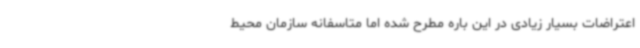
اعتراضات بسیار زیادی در این باره مطرح شده اما متاسفانه سازمان محیط